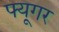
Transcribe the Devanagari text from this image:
फ्यूगर